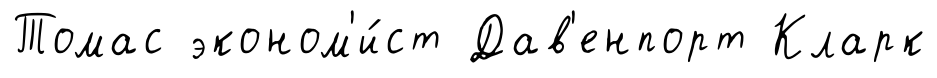
Томас эконом'и́ст Дав'енпорт Кларк